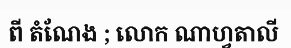
ពី តំណែង ; លោក ណាហ្វតាលី